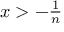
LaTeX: \textstyle { x > - { \frac { 1 } { n } } }